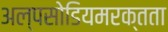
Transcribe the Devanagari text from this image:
अल्पसोडियमरक्तता